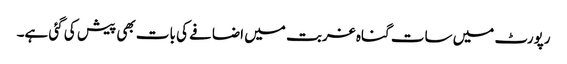
رپورٹ میں سات گناہ غربت میں اضافے کی بات بھی پیش کی گئی ہے۔